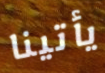
يأتينا